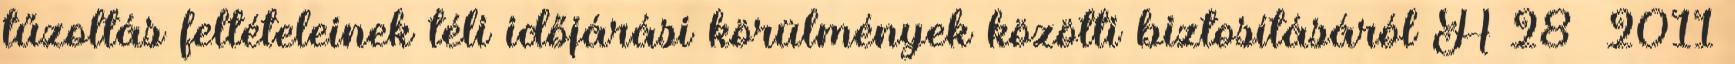
tűzoltás feltételeinek téli időjárási körülmények közötti biztosításáról A 28 2011